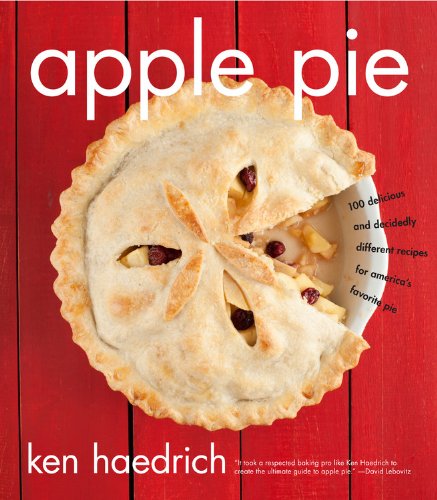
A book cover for Apple Pie: 100 Delicious and Decidedly Different Recipes for America's Favorite Pie; Ken Haedrich; Cookbooks, Food & Wine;